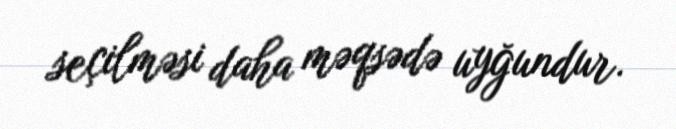
seçilməsi daha məqsədə uyğundur.